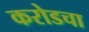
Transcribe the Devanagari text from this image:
करोडचा